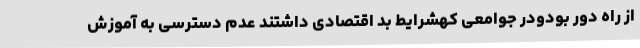
از راه دور بودودر جوامعی کهشرایط بد اقتصادی داشتند عدم دسترسی به آموزش